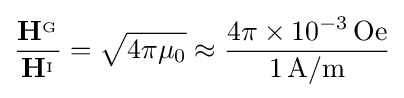
{\frac {\mathbf {H} ^{_{\mathrm {G} }}}{\mathbf {H} ^{_{\mathrm {I} }}}}={\sqrt {4\pi \mu _{0}}}\approx {\frac {4\pi \times 10^{-3}\,\mathrm {Oe} }{1\,\mathrm {A/m} }}